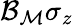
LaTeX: {\mathcal{B}}_{{\mathcal{M}}}\sigma_{z}